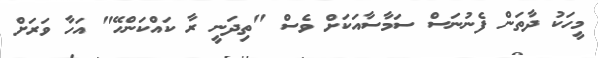
މީހަކު ދާތަން ފެނުނަސް ސަމާސާއަކަށް ވެސް "ތިދަނީ ރާ ކައްކަންހޭ" އަހާ ވަރަށް